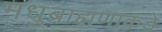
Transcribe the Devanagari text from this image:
मधुब्राह्मणाकडे